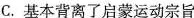
C.基本背离了启蒙运动宗旨